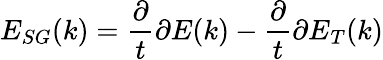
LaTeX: E_{SG}(k)=\frac{\partial}{t}{\partial E}(k)-\frac{\partial}{t}{\partial E}_{T}(k)